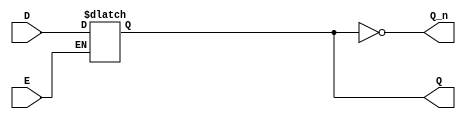
module async_gated_latch (
    input wire D,      // Data input
    input wire E,      // Enable/control signal
    output reg Q,      // Output
    output wire Q_n    // Inverted output
);

    assign Q_n = ~Q;   // Inverted output

    always @(*) begin
        if (E) begin
            Q = D;     // When E is high, Q follows D
        end
        // When E is low, Q retains its previous state
    end

endmodule